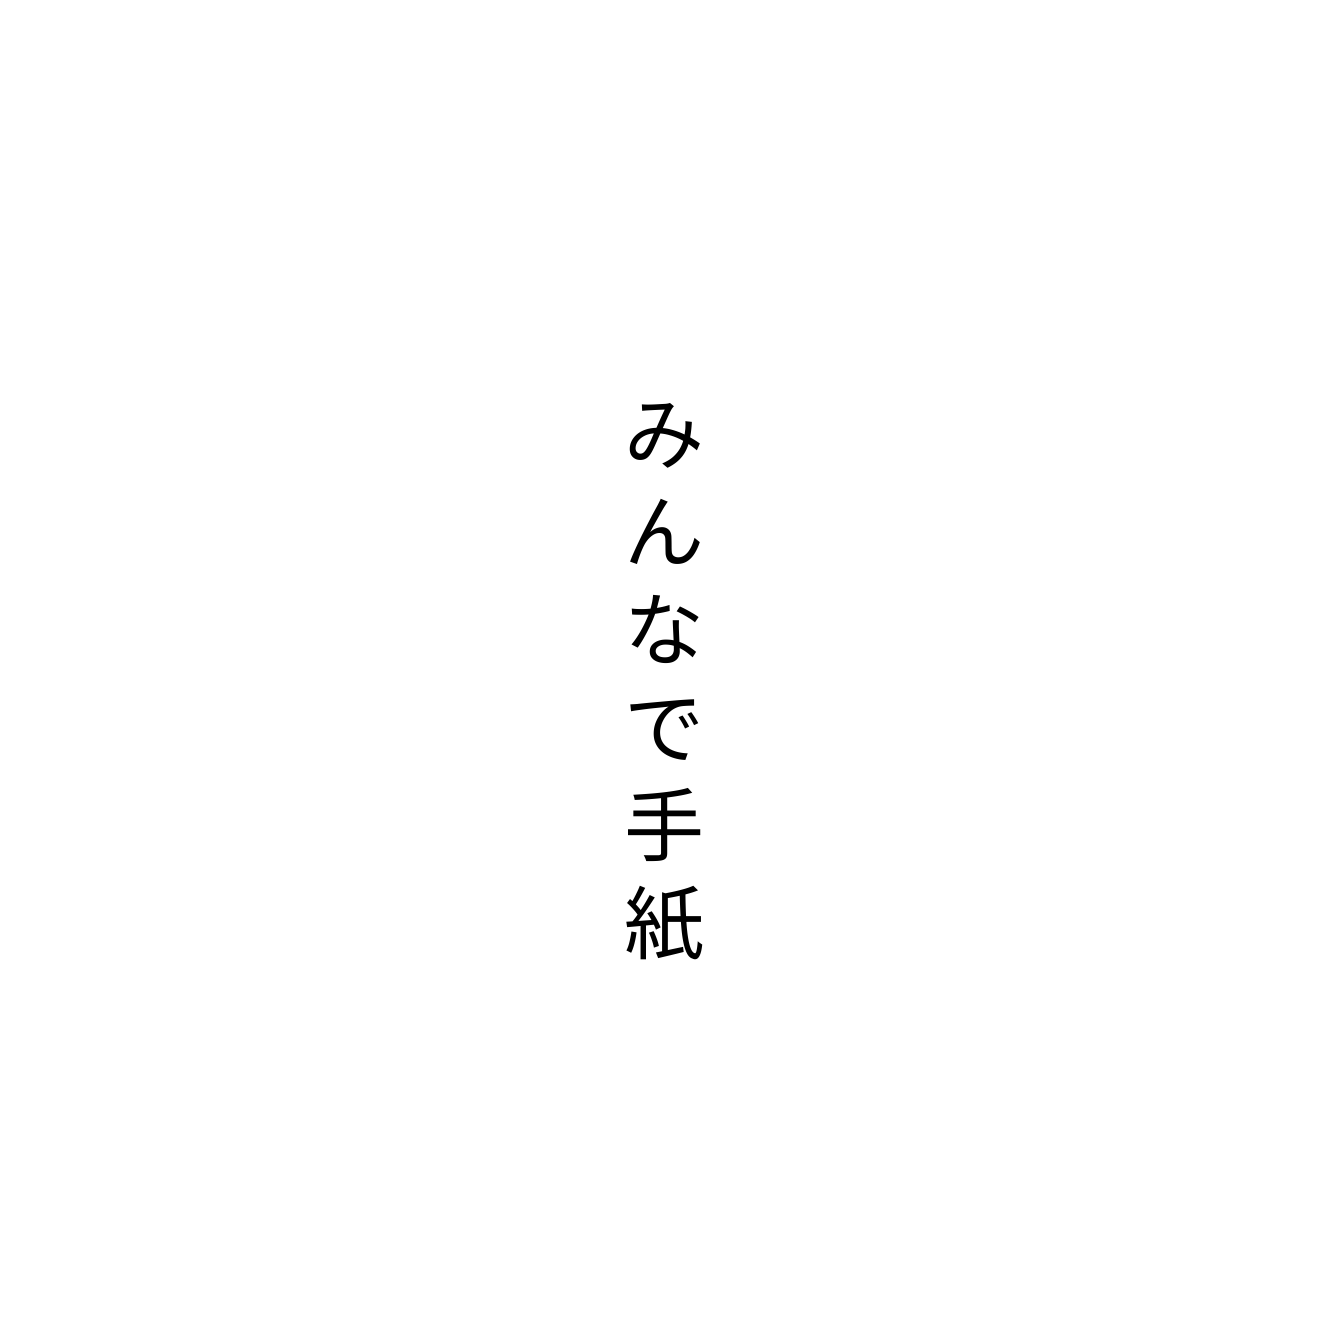
みんなで手紙